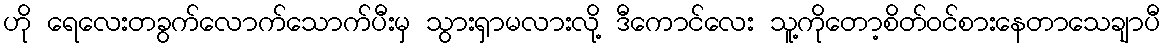
ဟို ရေလေးတခွက်လောက်သောက်ပီးမှ သွားရှာမလားလို့ ဒီကောင်လေး သူ့ကိုတော့စိတ်ဝင်စားနေတာသေချာပီ